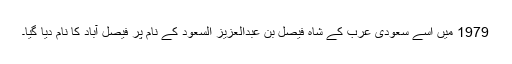
1979 میں اسے سعودی عرب کے شاہ فیصل بن عبدالعزیز السعود کے نام پر فیصل آباد کا نام دیا گیا۔